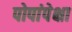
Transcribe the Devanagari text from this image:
पोपांपेक्षा